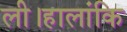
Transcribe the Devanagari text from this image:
ली।हालांकि